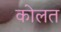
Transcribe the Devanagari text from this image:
कोलत